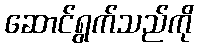
ဆောင်ရွက်သည်ကို